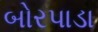
બોરપાડા